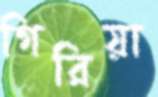
গিরিয়া